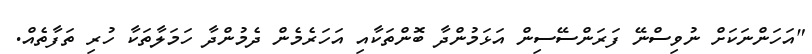
"އަހަންނަކަށް ނުވިސްނޭ ފަރަންސޭސިން އަޅަމުންދާ ބޮންތަކާއި އަހަރެމެން ދެމުންދާ ހަމަލާތަކާ ހުރި ތަފާތެއް.